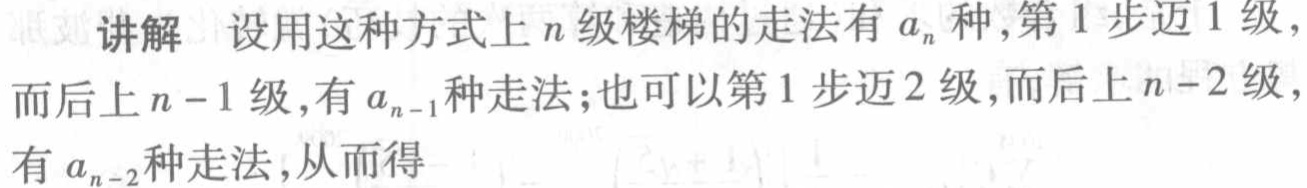
讲解 设用这种方式上 \(n\) 级楼梯的走法有 \(a_{n}\) 种,第 1 步迈 1 级,而后上 \(n - 1\) 级,有 \(a_{n - 1}\) 种走法;也可以第 1 步迈 2 级,而后上 \(n - 2\) 级,有 \(a_{n - 2}\) 种走法,从而得